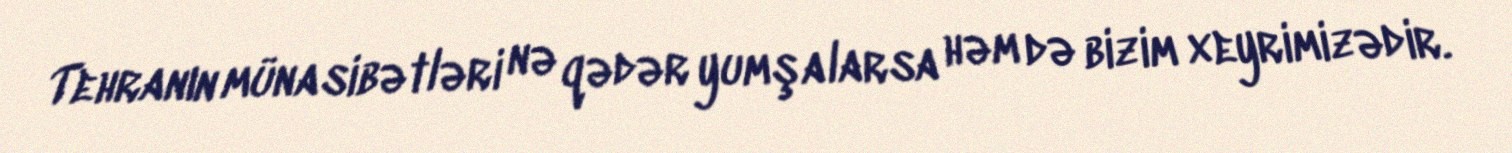
Tehranın münasibətləri nə qədər yumşalarsa həm də bizim xeyrimizədir.